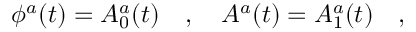
\phi ^ { a } ( t ) = A _ { 0 } ^ { a } ( t ) \ \ \ , \ \ \ A ^ { a } ( t ) = A _ { 1 } ^ { a } ( t ) \ \ \ ,